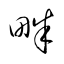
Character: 畔